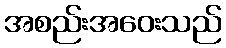
အစည်းအဝေးသည်